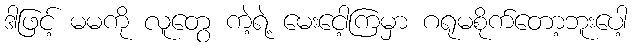
ဒါဖြင့် မမကို လူတွေ ကဲ့ရဲ့ မေးငေါ့ကြမှာ ဂရုမစိုက်တော့ဘူးပေါ့